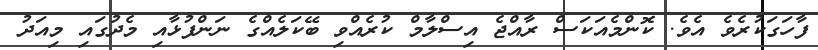
ފާހަގަކުރެވެ އެވެ. ކޮންމެއަކަސް ރާއްޖެ އިސްލާމް ކުރެއްވި ބޭކަލެއްގެ ނަންފުޅާއި މެދުގައި މިއަދު